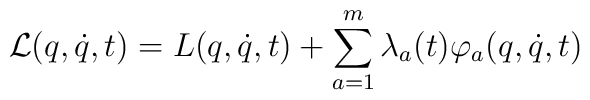
{\cal L} (q,\dot q ,t)=L(q, \dot q,t)+\sum_{a=1}^{m}\lambda _a(t)\varphi _a(q,\dot q,t)